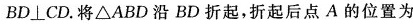
$$BD\perp CD$$.将\triangle ABD沿BD折起，折起后点A的位置为